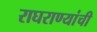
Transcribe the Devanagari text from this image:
राघराण्यांची